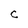
Character: C